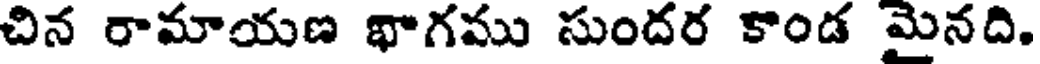
చిన రామాయణ భాగము సుందర కాండ మైనది.